Report of the Hyderabad Chloroform Commission
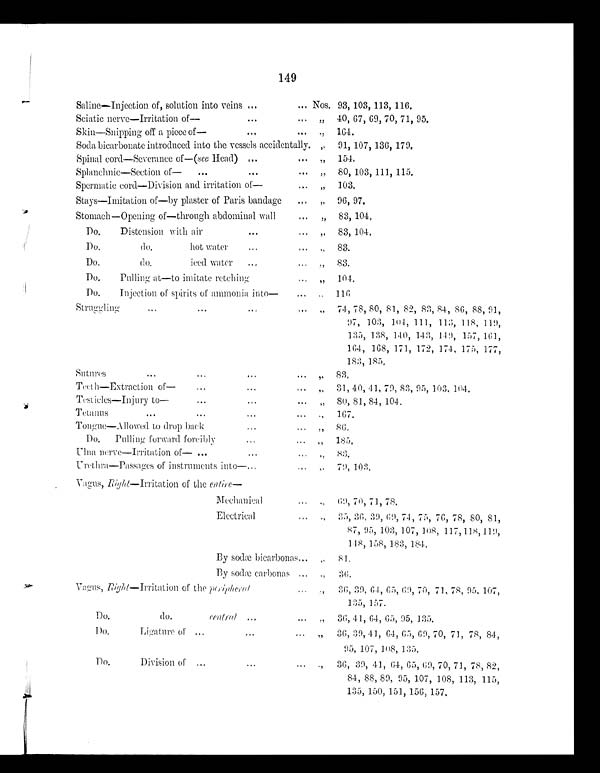
149
Saline—Injection of, solution into veins ...
... Nos. 93, 103, 113, 116.
Sciatic nerve—Irritation of—
...
...
„
40, 67, 69, 70, 71, 95.
Skin-Snipping off a piece of—
...
...
„
164.
Soda bicarbonate introduced into the vessels accidentally.
„
91, 107, 136, 179.
Spinal cord-Severance of—(see Head) ...
...
„
154.
Splanchnic-Section of—
...
... ...
„
80, 103, 111, 115.
Spermatic cord-Division and irritation of—
„
103.
Stays-Imitation of—by plaster of Paris bandage
...
„
96, 97.
Stomach—Opening of—through abdominal wall
...
,,
83, 104.
Do.
Distension with air
...
...
„
83, 104.
Do.
do.
hot water ... ...
„
83.
Do.
do.
iced water...
„
83.
Do.
Palling at—to imitate retching
...
,,
104.
Du.
Injection of spirits of ammonia into—
...
„
116
Struggling
...
...
...
...
,,
74, 78, 80, 21, 82, 83, 84, 86, 88, 91,
97, 103, 104, 111, 113, 118, 119,
135, 138, 140, 143, 149, 157, 161,
164, 168, 171, 172, 174, 175, 177,
183, 185.
Sutures
...
...
,,
83.
Teeth-Extraction of—...
„
31, 40, 41, 79, 83, 95, 103, 104.
Testicles—Injury to—...
„
80, 81, 84, 104.
Tetanus
...
...
...
„
167.
Tongue—Allowed to drop back
...
„
86.
Do.
Pulling forward forcibly
...
...
„
185.
Ulna nerve-Irritation of— ...
...
...
„
83.
Ure-thra-Passages of instruments into—..
„
79, 103.
Vagus, Right— Irritation of the entire—
Mechanical
... „
69, 70, 71, 78.
Electrical
„
35, 36, 39, 69, 74, 75, 76, 78, 80, 81,
87, 95, 103, 107, 108, 117,118,119,
148, 158, 183, 184.
By sodæ bicarbonas...
„
81.
By sodæ carbonas ...
„
36.
Vagns, Right—Irritation of the peripheral
„
36, 39, 64, 65, 69, 70, 71, 78, 95, 107,
135, 157.
Do.
do.
central ...
...
„
36, 41, 64, 65, 95, 135.
Do.
Ligature of ...
„
36, 39, 41, 64, 65, 69, 70, 71, 78, 84,
95, 107, 108, 135.
Do.
Division of
...
..
...
„
36, 39, 41, 64, 65, 69, 70, 71, 78, 82,
84, 88, 89, 95, 107, 108, 113, 115,
135, 150, 151, 156, 157.